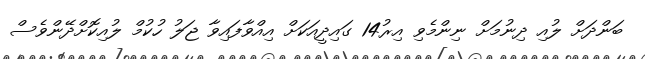
ބަންދަށް ލުއި ދިނުމަށް ނިންމެވި އިރު14 ގައިދީއަކަށް އިއްވާފައިވާ ޖަލު ހުކުމް ލުއިކޮށްދޭންވެސް